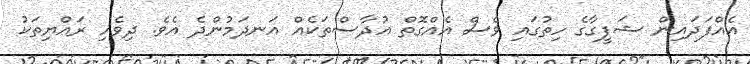
އެއްފަދައިން ޝަފީގާގެ ހިތުގައި ވެސް އެއްގޮތް އުދާސްތަކެއް އަނދަމުންދެ އެވެ. ދިވެހި ރައްޔިތަކު